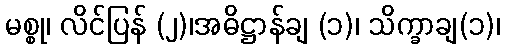
မစ္စု၊ လိင်ပြန် (၂)၊အဓိဋ္ဌာန်ချ (၁)၊ သိက္ခာချ(၁)၊